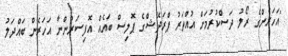
"އަހަރެންގެ ރޯލު ދަސްކުރުމަށް އުއްތަރު ޕްރަދޭޝްގެ ޕޮލިސް ބައެއް އޮފިސަރުންނާ އަހަރެން ބައްދަލު